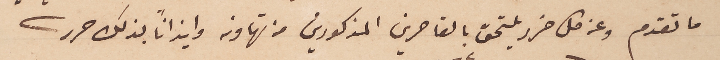
ما تقدم وعن كل ضرر يلتحق بالقاصرين المذكورين من تهاونه وايذاناً بذلك حرر